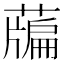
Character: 𦽃